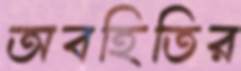
অবহিতির